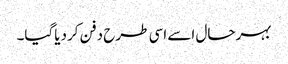
بہرحال اسے اسی طرح دفن کردیاگیا۔